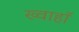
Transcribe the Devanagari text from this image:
ख्वाहाॅ